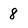
Character: 8